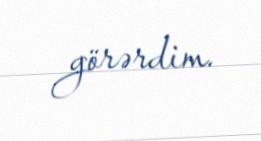
görərdim.